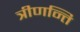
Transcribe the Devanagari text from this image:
त्रीणन्ति